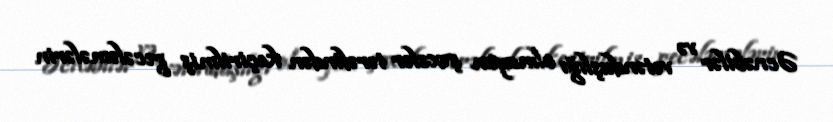
Əcnəbilər və vətəndaşlığı olmayan şəxslər tərəfindən keçirilmiş gecələmələrin